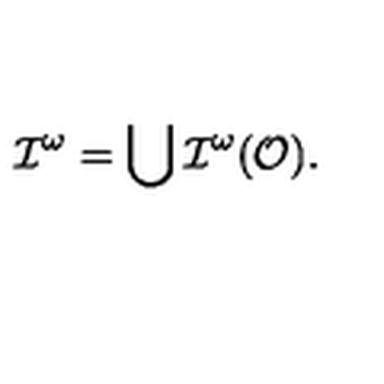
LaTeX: { \cal I } ^ { \omega } = \bigcup { \cal I } ^ { \omega } ( { \cal O } ) .